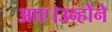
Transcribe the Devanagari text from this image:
आए।उन्होंने